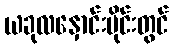
ယခုလနှောင်းပိုင်းတွင်